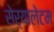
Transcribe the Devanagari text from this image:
सेर्‍यालेटम